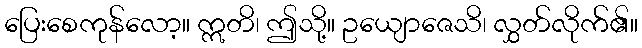
ပြေးစေကုန်လော့။ ဣတိ၊ ဤသို့။ ဥယျောဇေသိ၊ လွှတ်လိုက်၏။